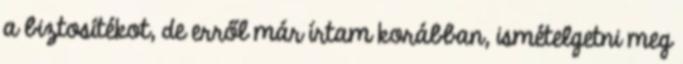
a biztosítékot, de erről már írtam korábban, ismételgetni meg